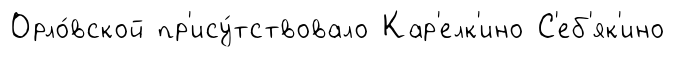
Орло́вской пр'ису́тствовало Кар'елк'ино С'еб'як'ино